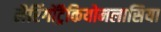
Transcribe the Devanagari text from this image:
लैरिंगोंट्रैकियोमलासिया